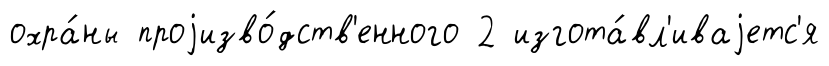
охра́ны проjизво́дств'енного 2 изгота́вл'иваjетс'я